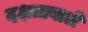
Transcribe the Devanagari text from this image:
दक्षतावाले